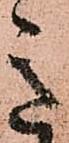
意